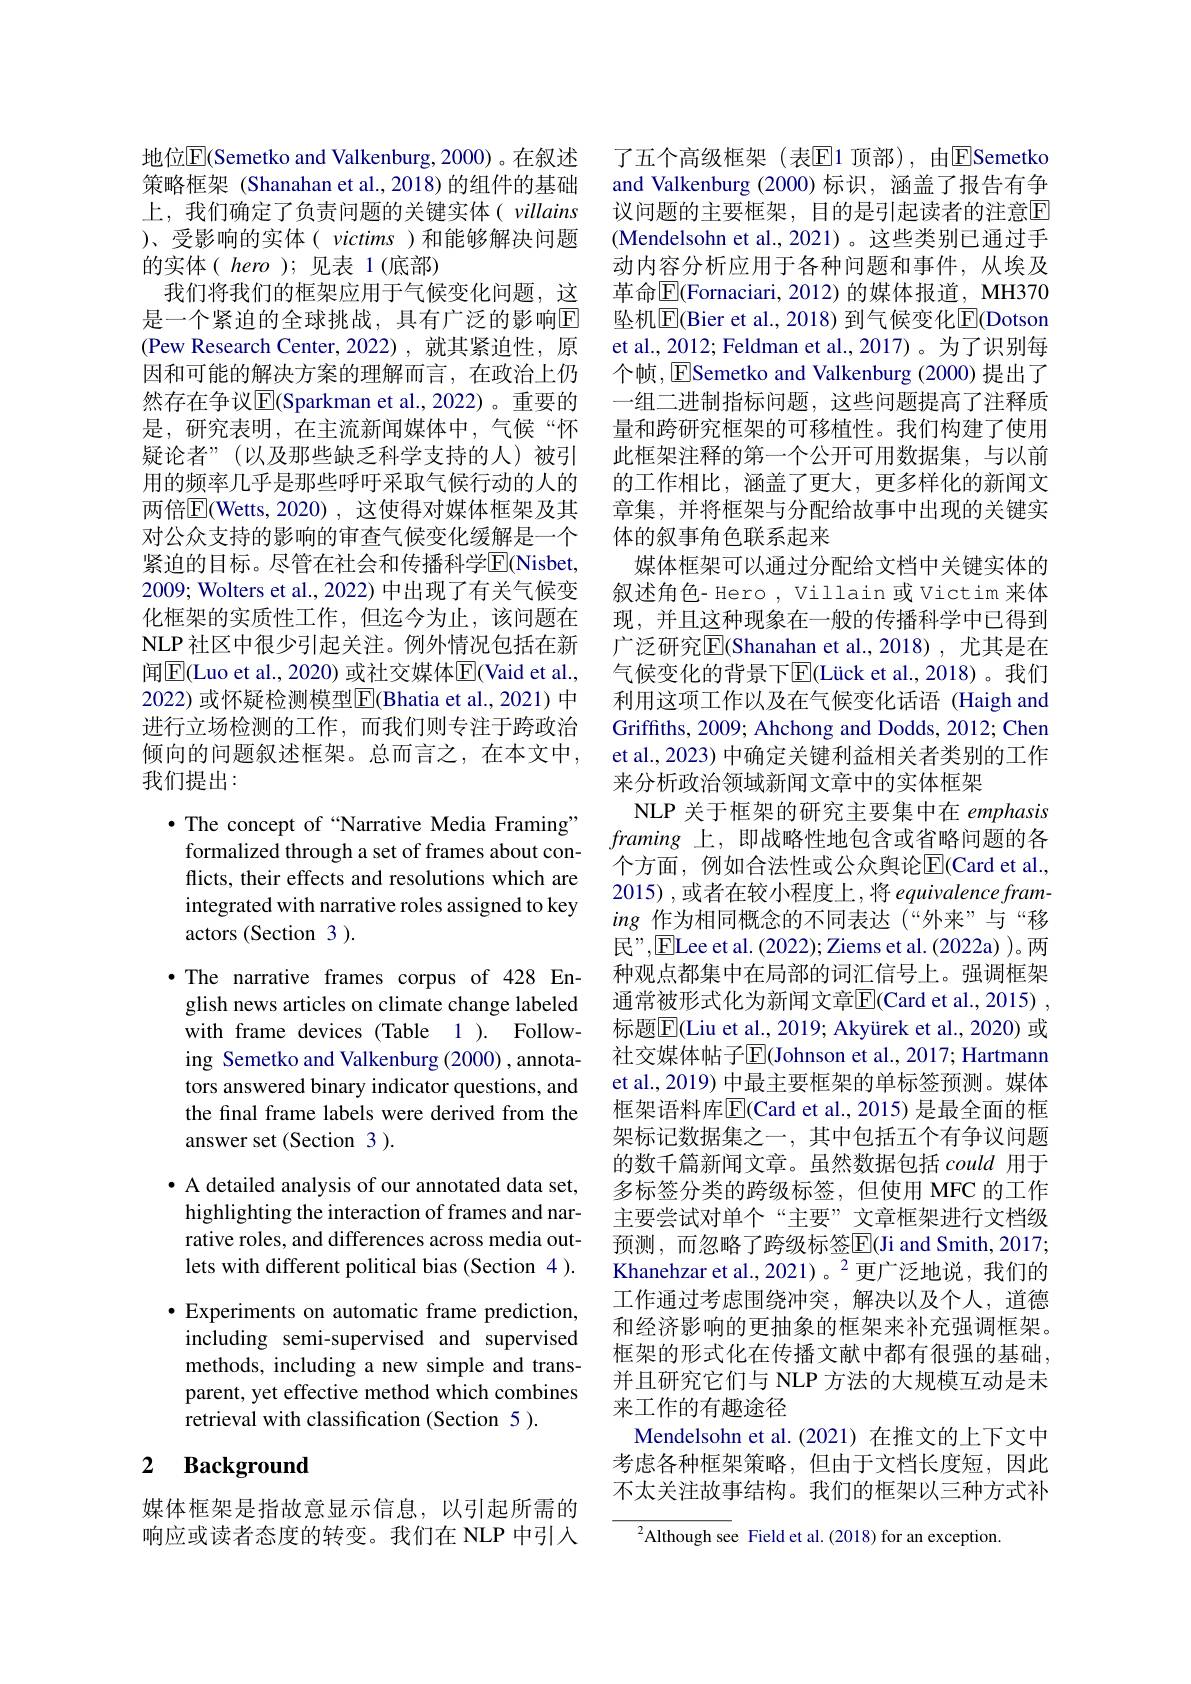
地位$\overline{\mathrm{E}}($Semetko and Valkenburg, 2000) 。在叙述策略框架 (Shanahan et al., 2018) 的组件的基础上，我们确定了负责问题的关键实体( villains )、受影响的实体( victims )和能够解决问题的实体( hero );见表 1(底部)
我们将我们的框架应用于气候变化问题，这是一个紧迫的全球挑战，具有广泛的影响$\mathbb{E}$ (Pew Research Center,2022),就其紧迫性，原因和可能的解决方案的理解而言，在政治上仍然存在争议$\overline{\mathrm{E}}($Sparkman et al.,2022)。重要的是，研究表明，在主流新闻媒体中，气候“怀疑论者”(以及那些缺乏科学支持的人)被引用的频率几乎是那些呼吁采取气候行动的人的两倍$\overline{\mathrm{E}}($Wetts,2020),这使得对媒体框架及其对公众支持的影响的审查气候变化缓解是一个紧迫的目标。尽管在社会和传播科学$\overline{\mathrm{E}}($Nisbet, 2009; Wolters et al., 2022) 中出现了有关气候变化框架的实质性工作，但迄今为止，该问题在NLP 社区中很少引起关注。例外情况包括在新闻|E|Cuo et al., 2020) 或社交媒体|E|Vaid et al., 2022) 或怀疑检测模型$\overline{\mathrm{E}}($Bhatia et al., 2021) 中进行立场检测的工作，而我们则专注于跨政治倾向的问题叙述框架。总而言之，在本文中， 我们提出：

$\bullet$ The concept of “Narrative Media Framing”

formalized through a set of frames about con-

flicts, their effects and resolutions which are

integrated with narrative roles assigned to key

actors (Section 3 ).

·The narrative frames corpus of 428 En-

glish news articles on climate change labeled

with frame devices (Table 1 ). Follow-

ing Semetko and Valkenburg (2000) , annota-

tors answered binary indicator questions, and

the final frame labels were derived from the

answer set (Section 3 ).

$\bullet$ A detailed analysis of our annotated data set, highlighting the interaction of frames and narrative roles, and differences across media outlets with different political bias (Section 4 ). $\bullet$ Experiments on automatic frame prediction, including semi-supervised and supervised methods, including a new simple and transparent, yet effective method which combines retrieval with classification (Section 5 ).

## 2 $\textbf{Background}$

媒体框架是指故意显示信息，以引起所需的响应或读者态度的转变。我们在 NLP 中引入

了五个高级框架(表$\mathbb{E}$1顶部),由$\mathbb{E}$Semetko and Valkenburg (2000) 标识，涵盖了报告有争议问题的主要框架，目的是引起读者的注意$\overline{\mathrm{E}}$ (Mendelsohn et al.,2021)。这些类别已通过手动内容分析应用于各种问题和事件，从埃及革命$\overline{\mathbb{E}}($Fornaciari, 2012) 的媒体报道，MH370坠机$\overline{\mathrm{E}}$(Bier et al., 2018) 到气候变化$\overline{\mathrm{E}}$(Dotson et al., 2012; Feldman et al., 2017)。为了识别每个帧，$\overline{\mathrm{E}}$Semetko and Valkenburg (2000) 提出了一组二进制指标问题，这些问题提高了注释质量和跨研究框架的可移植性。我们构建了使用此框架注释的第一个公开可用数据集，与以前的工作相比，涵盖了更大，更多样化的新闻文章集，并将框架与分配给故事中出现的关键实体的叙事角色联系起来
媒体框架可以通过分配给文档中关键实体的叙述角色- Hero , Villain 或 Victim 来体现，并且这种现象在一般的传播科学中已得到广泛研究$\overline{\mathrm{E}}($Shanahan et al.,2018), 尤其是在气候变化的背景下$\overline{\mathrm{E}}($Lück et al.,2018)。我们利用这项工作以及在气候变化话语 (Haigh and Griffiths, 2009; Ahchong and Dodds, 2012; Chen et al., 2023) 中确定关键利益相关者类别的工作来分析政治领域新闻文章中的实体框架
NLP 关于框架的研究主要集中在 emphasis framing上，即战略性地包含或省略问题的各个方面，例如合法性或公众舆论$\overline{\mathrm{E}}($Card et al., 2015) ,或者在较小程度上，将 equivalence framing作为相同概念的不同表达(“外来”与“移民”,$\overline{\mathrm{E}}$Lee et al.(2022); Ziems et al.(2022a) )。两种观点都集中在局部的词汇信号上。强调框架通常被形式化为新闻文章$\overline{\mathrm{E}}($Card et al.,2015) , 标题$\overline{\mathrm{E}}($Liu et al., 2019; Akyürek et al., 2020) 或社交媒体帖子$\overline{\mathrm{E}}$(Johnson et al., 2017; Hartmann et al., 2019) 中最主要框架的单标签预测。媒体框架语料库$\overline{\mathrm{E}}($Card et al., 2015) 是最全面的框架标记数据集之一，其中包括五个有争议问题的数千篇新闻文章。虽然数据包括 could 用于多标签分类的跨级标签，但使用 MFC 的工作主要尝试对单个“主要”文章框架进行文档级预测，而忽略了跨级标签$\boxed{\mathrm{F}}($Ji and Smith,2017; Khanehzar et al.,2021)。$^2$更广泛地说，我们的工作通过考虑围绕冲突，解决以及个人，道德和经济影响的更抽象的框架来补充强调框架。框架的形式化在传播文献中都有很强的基础， 并且研究它们与 NLP 方法的大规模互动是未来工作的有趣途径
Mendelsohn et al.(2021) 在推文的上下文中考虑各种框架策略，但由于文档长度短，因此不太关注故事结构。我们的框架以三种方式补
$^{2}$Although see Field et al.(2018)for an exception.